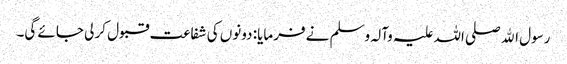
رسول اﷲ صلی اللہ علیہ وآلہ وسلم نے فرمایا: دونوں کی شفاعت قبول کر لی جائے گی۔